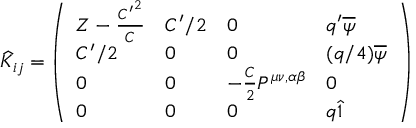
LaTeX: \widehat { K } _ { i j } = \left( \begin{array} { l l l l } { { Z - { \frac { { C ^ { \prime } } ^ { 2 } } { C } } } } & { { C ^ { \prime } / 2 } } & { { 0 } } & { { q ^ { \prime } \overline { { { \psi } } } } } \\ { { C ^ { \prime } / 2 } } & { { 0 } } & { { 0 } } & { { ( q / 4 ) \overline { { { \psi } } } } } \\ { { 0 } } & { { 0 } } & { { - { \frac { C } { 2 } } P ^ { \mu \nu , \alpha \beta } } } & { { 0 } } \\ { { 0 } } & { { 0 } } & { { 0 } } & { { q \hat { 1 } } } \end{array} \right)